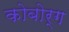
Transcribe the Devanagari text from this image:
कोबोर्ग